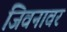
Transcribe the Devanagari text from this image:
जिवनावर